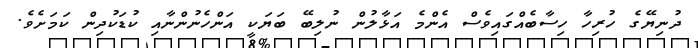
ދުނިޔޭގެ ހުރިހާ ހިސާބެއްގައިވެސް އެންމެ އަޅާލުން ނުލިބޭ ބަޔަކީ އަންހެނުންނާއި ކުޑަކުދިން ކަމަށެވެ.